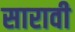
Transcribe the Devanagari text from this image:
सारावी